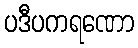
ပဒီပကရဏော